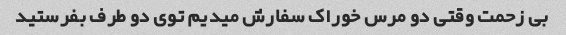
بی زحمت وقتی دو مرس خوراک سفارش میدیم توی دو طرف بفرستید